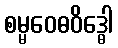
စမ္မဝေဓဝိဒ္ဓေါ